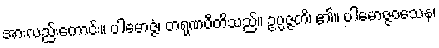
အားလည်းကောင်း။ ပါမောဇ္ဇံ၊ တရုဏပီတိသည်။ ဥပ္ပဇ္ဇတိ၊ ၏။ ပါမောဇ္ဇဝသေန၊